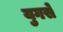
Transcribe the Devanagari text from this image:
युगसे